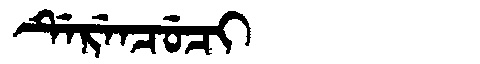
Manchu: ᡩᡝᡵᡝᠨᠴᡠᠴᡳ
Romanization: DERENCUCI